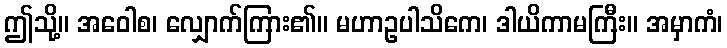
ဤသို့။ အဝေါစ၊ လျှောက်ကြား၏။ မဟာဥပါသိကေ၊ ဒါယိကာမကြီး။ အမှာကံ၊